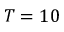
T = 1 0